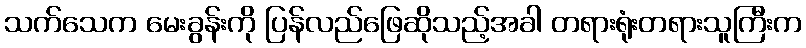
သက်သေက မေးခွန်းကို ပြန်လည်ဖြေဆိုသည့်အခါ တရားရုံးတရားသူကြီးက